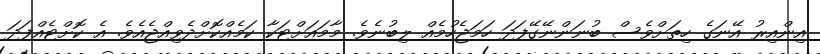
އިންއިރު އޭނަގެ ހިތަށްވެސް ބުނަންނޭގޭފަދަ ހަމަޖެހުމެއް ލިބުނެވެ. މާމައަށްޓަކާ ކަމެއްކޮށްދެވިއްޖެއެވެ. އެ ކޮށްޓެއްފަދަ